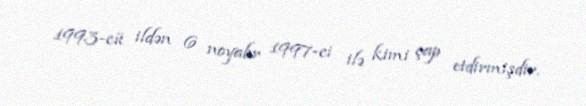
1993-cü ildən 6 noyabr 1997-ci ilə kimi çap etdirmişdir.